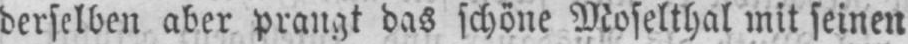
derselben aber prangt das schöne Moselthal mit seinen